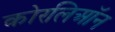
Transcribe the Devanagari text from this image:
कोरलिऑन